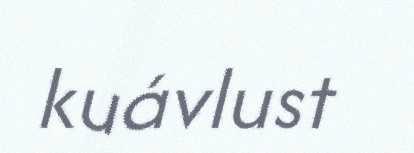
kuávlust